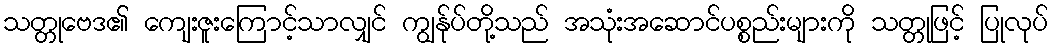
သတ္တုဗေဒ၏ ကျေးဇူးကြောင့်သာလျှင် ကျွန်ုပ်တို့သည် အသုံးအဆောင်ပစ္စည်းများကို သတ္တုဖြင့် ပြုလုပ်